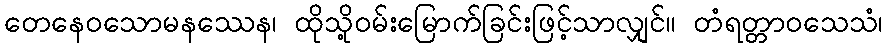
တေနေဝသောမနဿေန၊ ထိုသို့ဝမ်းမြောက်ခြင်းဖြင့်သာလျှင်။ တံရတ္တာဝသေသံ၊